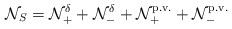
LaTeX: \begin{align*}\mathcal{N}_S = \mathcal{N}_+^\delta + \mathcal{N}_-^\delta + \mathcal{N}_+^{\mathrm{p.v.}} + \mathcal{N}_-^{\mathrm{p.v.}}\end{align*}